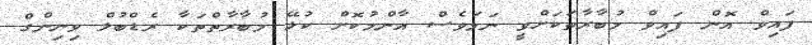
ފައިވް އޮން ފައިވް މުބާރާތަކަށްވީ ނަމަވެސް އާންމުކޮށް ކުޅޭ މުބާރާތްތަކާ ރެޑްބުލް ވިނިންގް